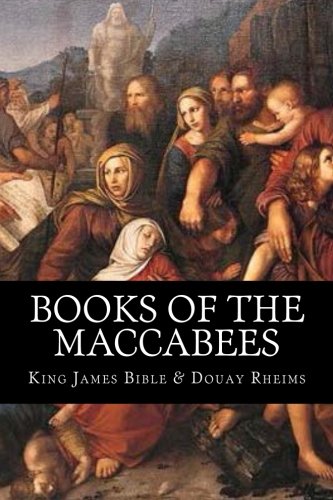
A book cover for Books of the Maccabees; King James Bible; Christian Books & Bibles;